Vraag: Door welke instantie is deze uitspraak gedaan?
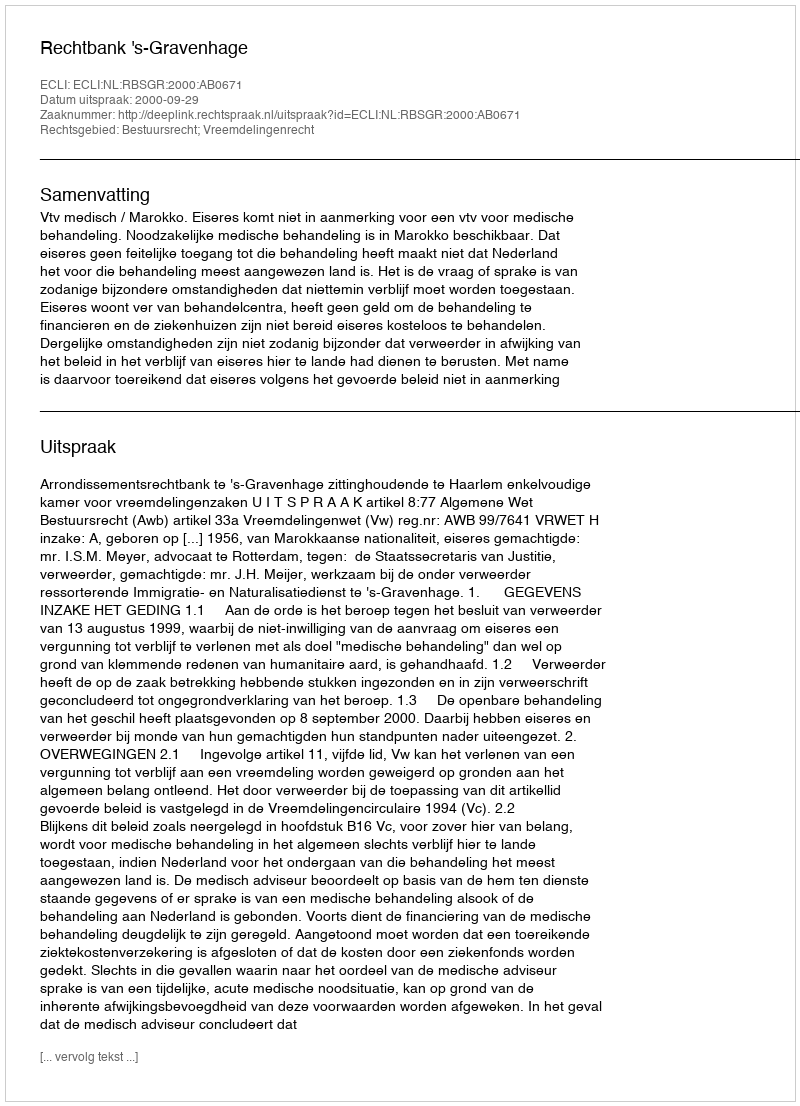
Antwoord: Rechtbank 's-Gravenhage